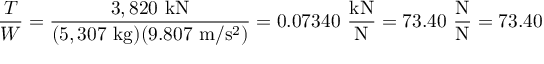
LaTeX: { \frac { T } { W } } = { \frac { 3 , 8 2 0 \ \mathrm { k N } } { ( 5 , 3 0 7 \ \mathrm { k g } ) ( 9 . 8 0 7 \ \mathrm { m / s ^ { 2 } } ) } } = 0 . 0 7 3 4 0 \ { \frac { \mathrm { k N } } { \mathrm { N } } } = 7 3 . 4 0 \ { \frac { \mathrm { N } } { \mathrm { N } } } = 7 3 . 4 0